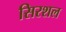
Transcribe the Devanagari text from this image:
सिरशल